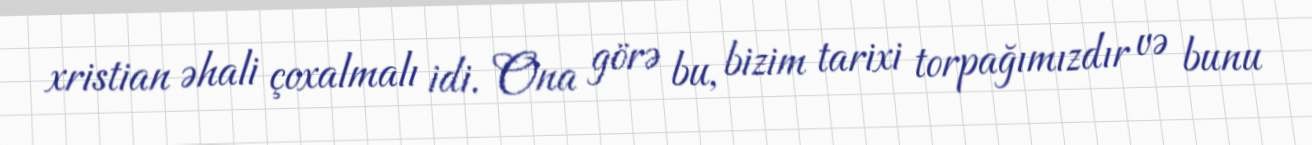
xristian əhali çoxalmalı idi. Ona görə bu, bizim tarixi torpağımızdır və bunu